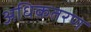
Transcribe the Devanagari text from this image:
अधिकतरण